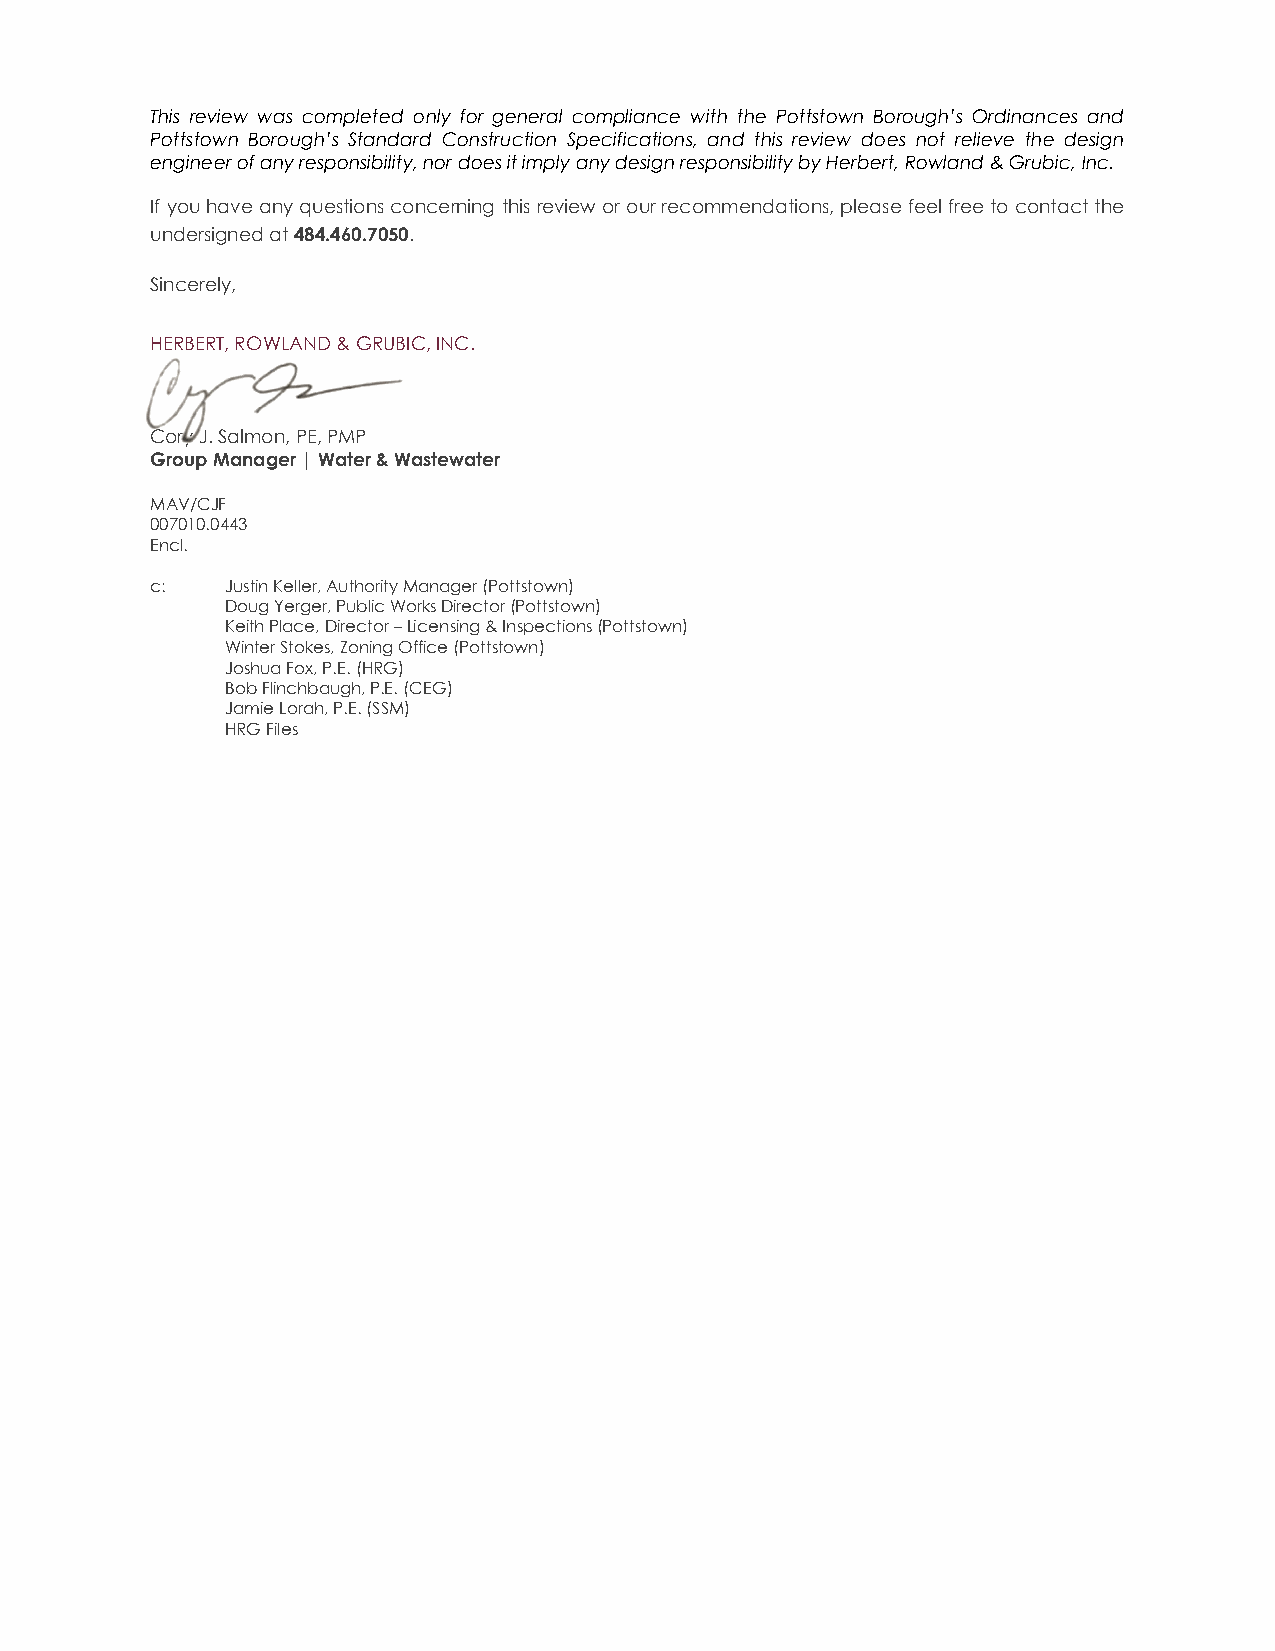
This review was completed only for general compliance with the Pottstown Borough’s Ordinances and
 Pottstown Borough’s Standard Construction Specifications, and this review does not relieve the design
 engineer of any responsibility, nor does it imply any design responsibility by Herbert, Rowland & Grubic, Inc.
 If you have any questions concerning this review or our recommendations, please feel free to contact the
 undersigned at 484.460.7050.
 Sincerely,
 HERBERT, ROWLAND & GRUBIC, INC.
 Cory J. Salmon, PE, PMP
 Group Manager | Water & Wastewater
 MAV/CJF
 007010.0443
 Encl.
 c:   Justin Keller, Authority Manager (Pottstown)
 Doug Yerger, Public Works Director (Pottstown)
 Keith Place, Director – Licensing & Inspections (Pottstown)
 Winter Stokes, Zoning Office (Pottstown)
 Joshua Fox, P.E. (HRG)
 Bob Flinchbaugh, P.E. (CEG)
 Jamie Lorah, P.E. (SSM)
 HRG Files